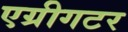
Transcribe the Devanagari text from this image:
एग्रीगटर